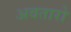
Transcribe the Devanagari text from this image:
अवतारो